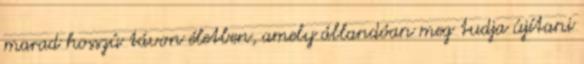
marad hosszú távon életben, amely állandóan meg tudja újítani